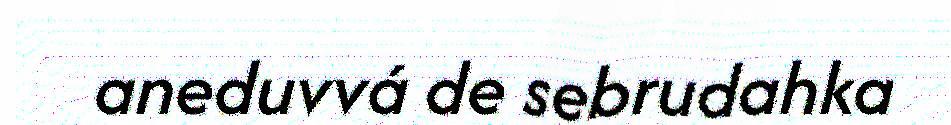
aneduvvá de sebrudahka